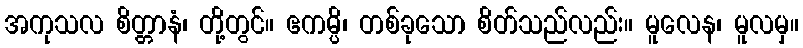
အကုသလ စိတ္တာနံ၊ တို့တွင်။ ဧကမ္ပိ၊ တစ်ခုသော စိတ်သည်လည်း။ မူလေန၊ မူလမှ။